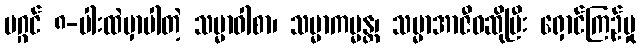
မဂ္ဂင် ၈-ပါးထဲမှာပါတဲ့ သမ္မာဝါစာ၊ သမ္မာကမ္မန္တ၊ သမ္မာအာဇီဝဆိုပြီး ရှောင်ကြဉ်မှု